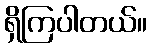
ရှိကြပါတယ်။